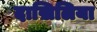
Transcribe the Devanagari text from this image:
दाख़िलिया